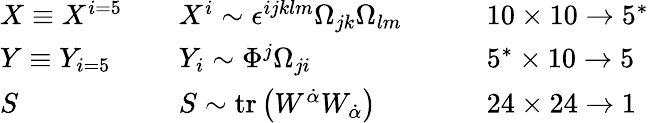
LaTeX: \begin{array}{lll}{{X\equiv X^{i=5}\quad}}&{{X^{i}\sim\epsilon^{ijklm}\Omega_{jk}\Omega_{lm}}}&{{\qquad 10\times 10\rightarrow 5^{*}}}\\ {{Y\equiv Y_{i=5}\quad}}&{{Y_{i}\sim\Phi^{j}\Omega_{ji}}}&{{\qquad 5^{*}\times 10\rightarrow 5}}\\ {{S}}&{{S\sim\mathrm{tr}\left(W^{\dot{\alpha}}W_{\dot{\alpha}}\right)}}&{{\qquad 24\times 24\rightarrow 1}}\end{array}